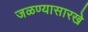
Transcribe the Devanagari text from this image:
जळण्यासारखे